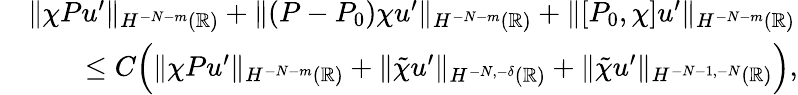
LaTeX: \begin{array}{rl}&{\| \chi Pu^{\prime}\| _{H^{-N-m}(\mathbb{R})}+\| (P-P_{0})\chi u^{\prime}\| _{H^{-N-m}(\mathbb{R})}+\| [P_{0},\chi]u^{\prime}\| _{H^{-N-m}(\mathbb{R})}}\\ &{\qquad\leq C\Bigl(\| \chi Pu^{\prime}\| _{H^{-N-m}(\mathbb{R})}+\| \tilde{\chi}u^{\prime}\| _{H^{-N,-\delta}(\mathbb{R})}+\| \tilde{\chi}u^{\prime}\| _{H^{-N-1,-N}(\mathbb{R})}\Bigr),}\end{array}